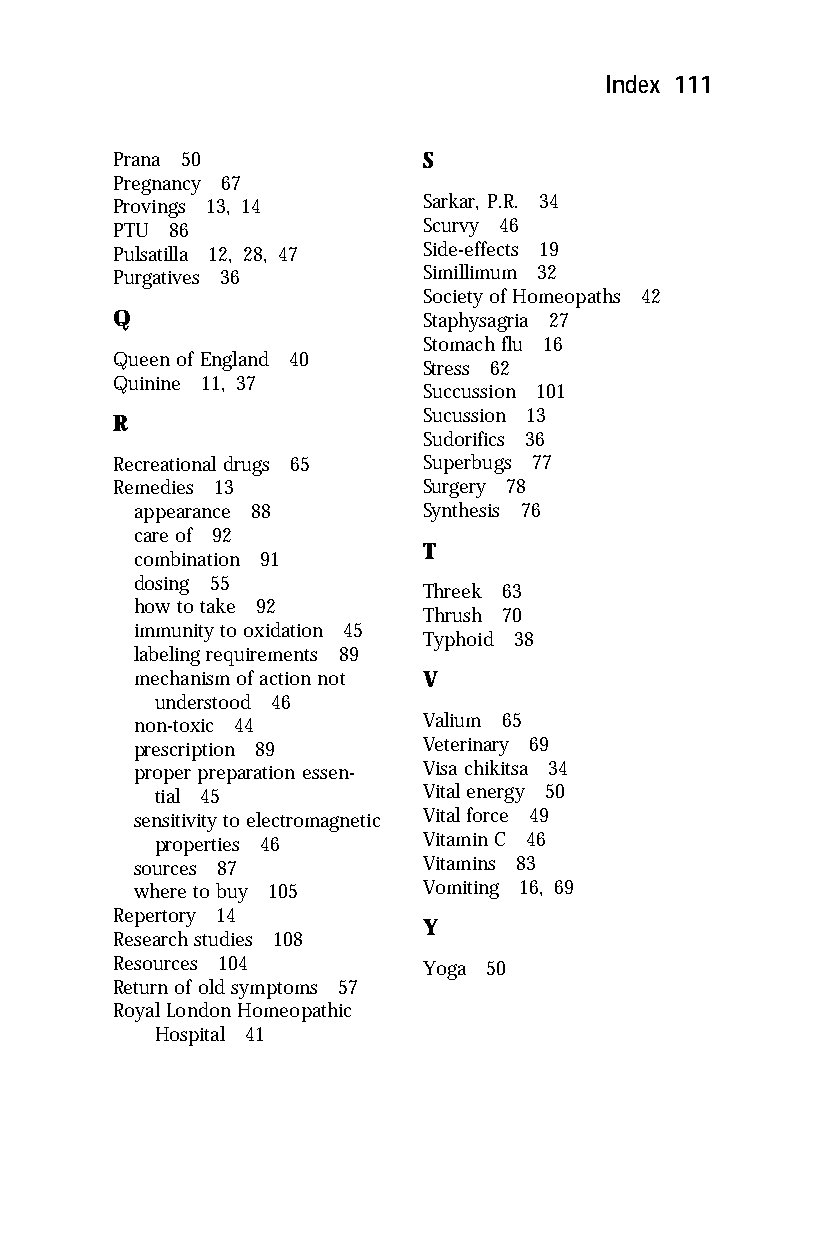
Index 111
 Prana 50             S
 Pregnancy 67
 Provings 13, 14      Sarkar, P.R. 34
 PTU 86               Scurvy 46
 Pulsatilla 12, 28, 47 Side-effects 19
 Purgatives 36        Simillimum 32
 Society of Homeopaths 42
 Q                    Staphysagria 27
 Stomach flu 16
 Queen of England 40
 Stress 62
 Quinine 11, 37
 Succussion 101
 Sucussion 13
 R
 Sudorifics 36
 Recreational drugs 65 Superbugs 77
 Remedies 13          Surgery 78
 appearance 88      Synthesis 76
 care of 92
 T
 combination 91
 dosing 55
 Threek 63
 how to take 92
 Thrush 70
 immunity to oxidation 45
 Typhoid 38
 labeling requirements 89
 mechanism of action not V
 understood 46
 non-toxic 44       Valium 65
 prescription 89    Veterinary 69
 proper preparation essen- Visa chikitsa 34
 tial 45           Vital energy 50
 sensitivity to electromagnetic Vital force 49
 properties 46     Vitamin C 46
 sources 87         Vitamins 83
 where to buy 105   Vomiting 16, 69
 Repertory 14
 Y
 Research studies 108
 Resources 104        Yoga 50
 Return of old symptoms 57
 Royal London Homeopathic
 Hospital 41